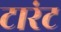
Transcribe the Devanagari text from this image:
टारंट